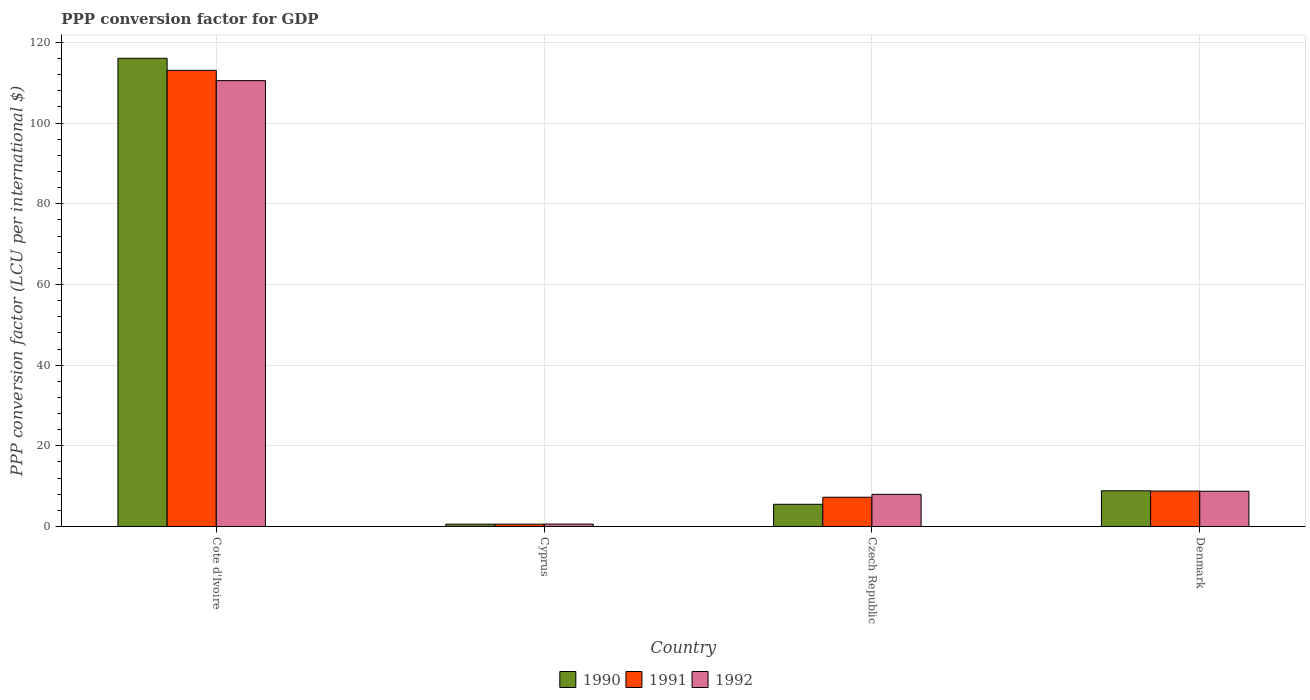
| Country | 1990 | 1991 | 1992 |
 | --- | --- | --- | --- |
 | Cote d'Ivoire | 116 | 113 | 111 |
 | Cyprus | 0.57 | 0.573 | 0.594 |
 | Czech Republic | 5.5 | 7.25 | 7.97 |
 | Denmark | 8.84 | 8.79 | 8.74 |